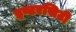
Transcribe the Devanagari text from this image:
इण्टरसिटी